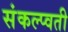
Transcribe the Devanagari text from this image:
संकल्प्वती